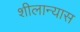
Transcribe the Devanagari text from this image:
शीलान्यास